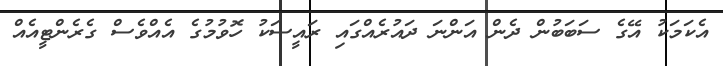
އެކަމަކު އޭގެ ސަބަބުން ދެން އަންނަ ދައުރެއްގައި ރައީސަކު ހޮވުމުގެ އެއްވެސް ގެރެންޓީއެއް